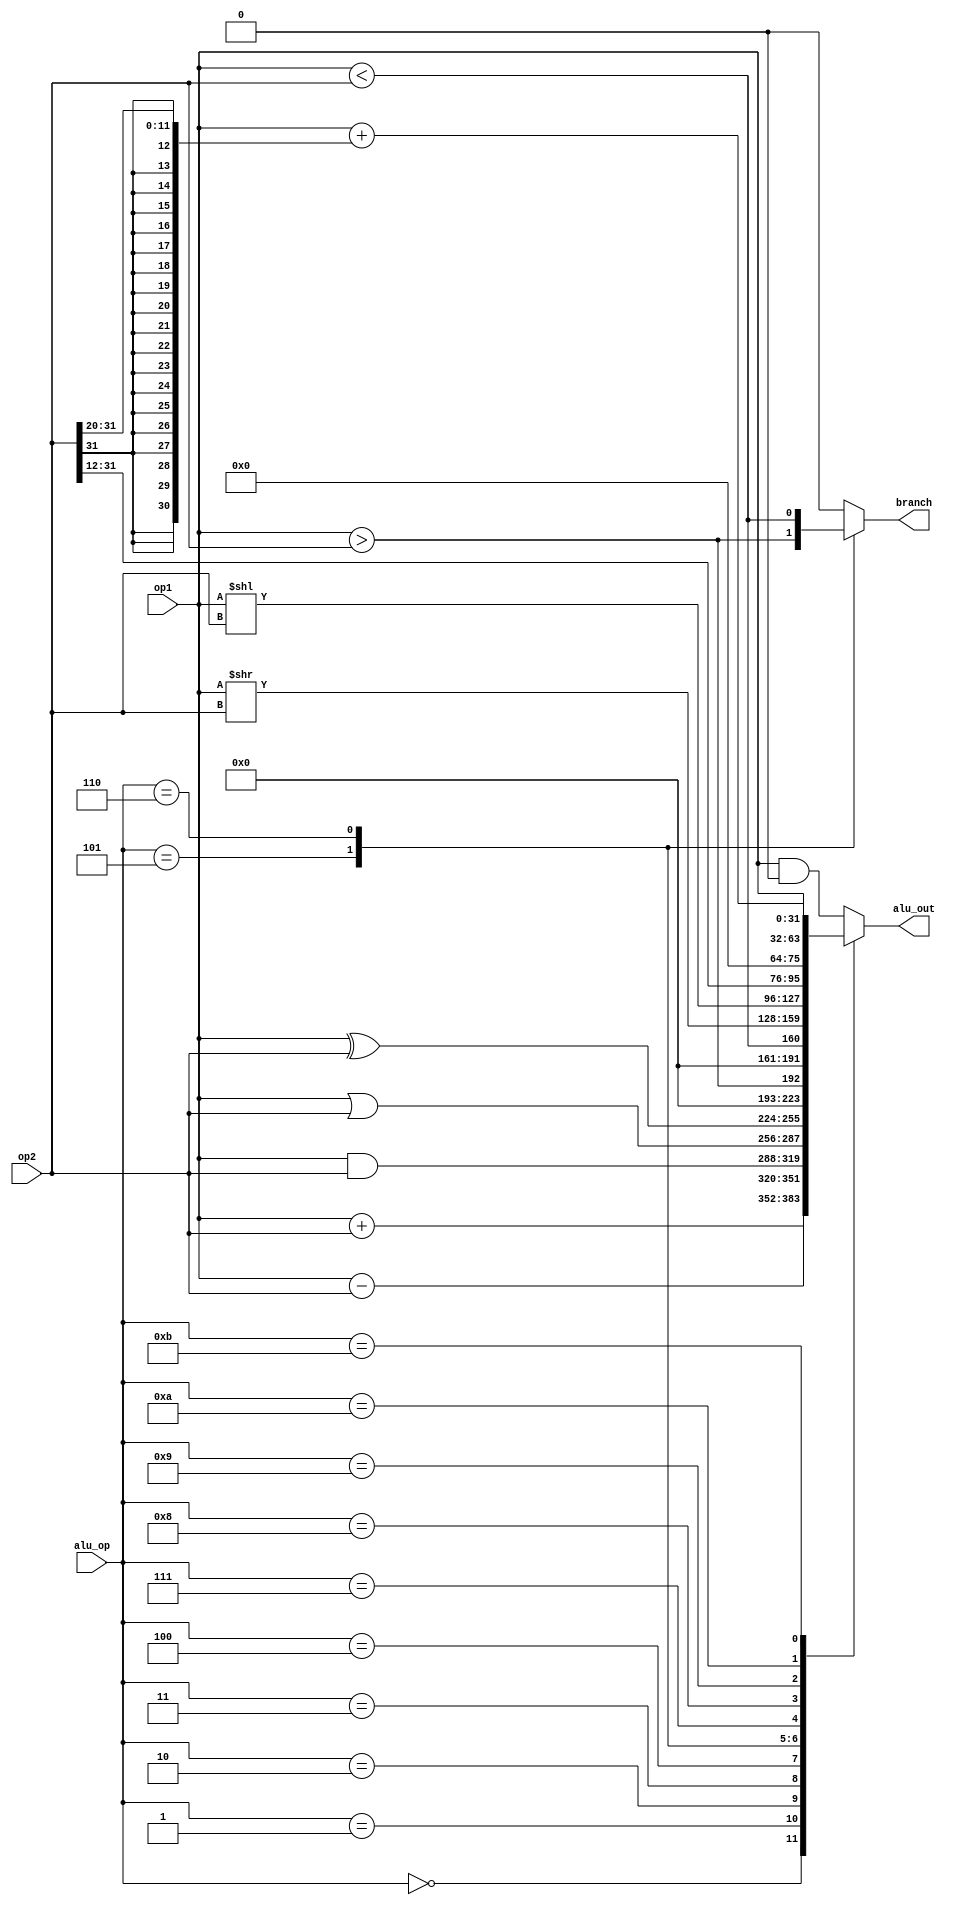

`timescale 1ns / 10ps

module alu(
    input  [31:0] op1,
    input  [31:0] op2,
    input  [3 :0] alu_op,
    
    output [31:0] alu_out,
	 output branch
);
    
    reg [31:0] result;
    assign alu_out = result;
	 reg branch_out;
	 assign branch = branch_out;
    always@(alu_op, op1, op2)
        begin
            case(alu_op)
                0: begin result = op1 + op2;           branch_out = 1'b0; end
                1: begin result = op1 - op2;           branch_out = 1'b0; end
                2: begin result = op1 & op2;           branch_out = 1'b0; end
                3: begin result = op1 | op2;           branch_out = 1'b0; end
                4: begin result = op1 ^ op2;           branch_out = 1'b0; end
                5: begin result = op1 > op2;           branch_out = op1 > op2; end
                6: begin result = op1 < op2;           branch_out = op1 < op2; end
                7: begin result = op1 >> op2;          branch_out = 1'b0; end
                8: begin result = op1 << op2;          branch_out = 1'b0; end
					 9: begin result = {op2[31:12], 12'd0}; branch_out = 1'b0; end
					 10:begin result = op1;                 branch_out = 1'b0; end
					 11:begin result = op1 + {{20{op2[31]}},op2[30:20]}; branch_out = 1'b0; end
					 default: begin result = op1 & 0;       branch_out = 1'b0; end
                
            endcase
        end
endmodule